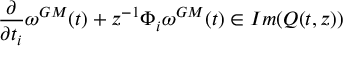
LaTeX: \frac { \partial } { \partial t _ { i } } \omega ^ { G M } ( t ) + z ^ { - 1 } \Phi _ { i } \omega ^ { G M } ( t ) \in I m ( Q ( t , z ) )